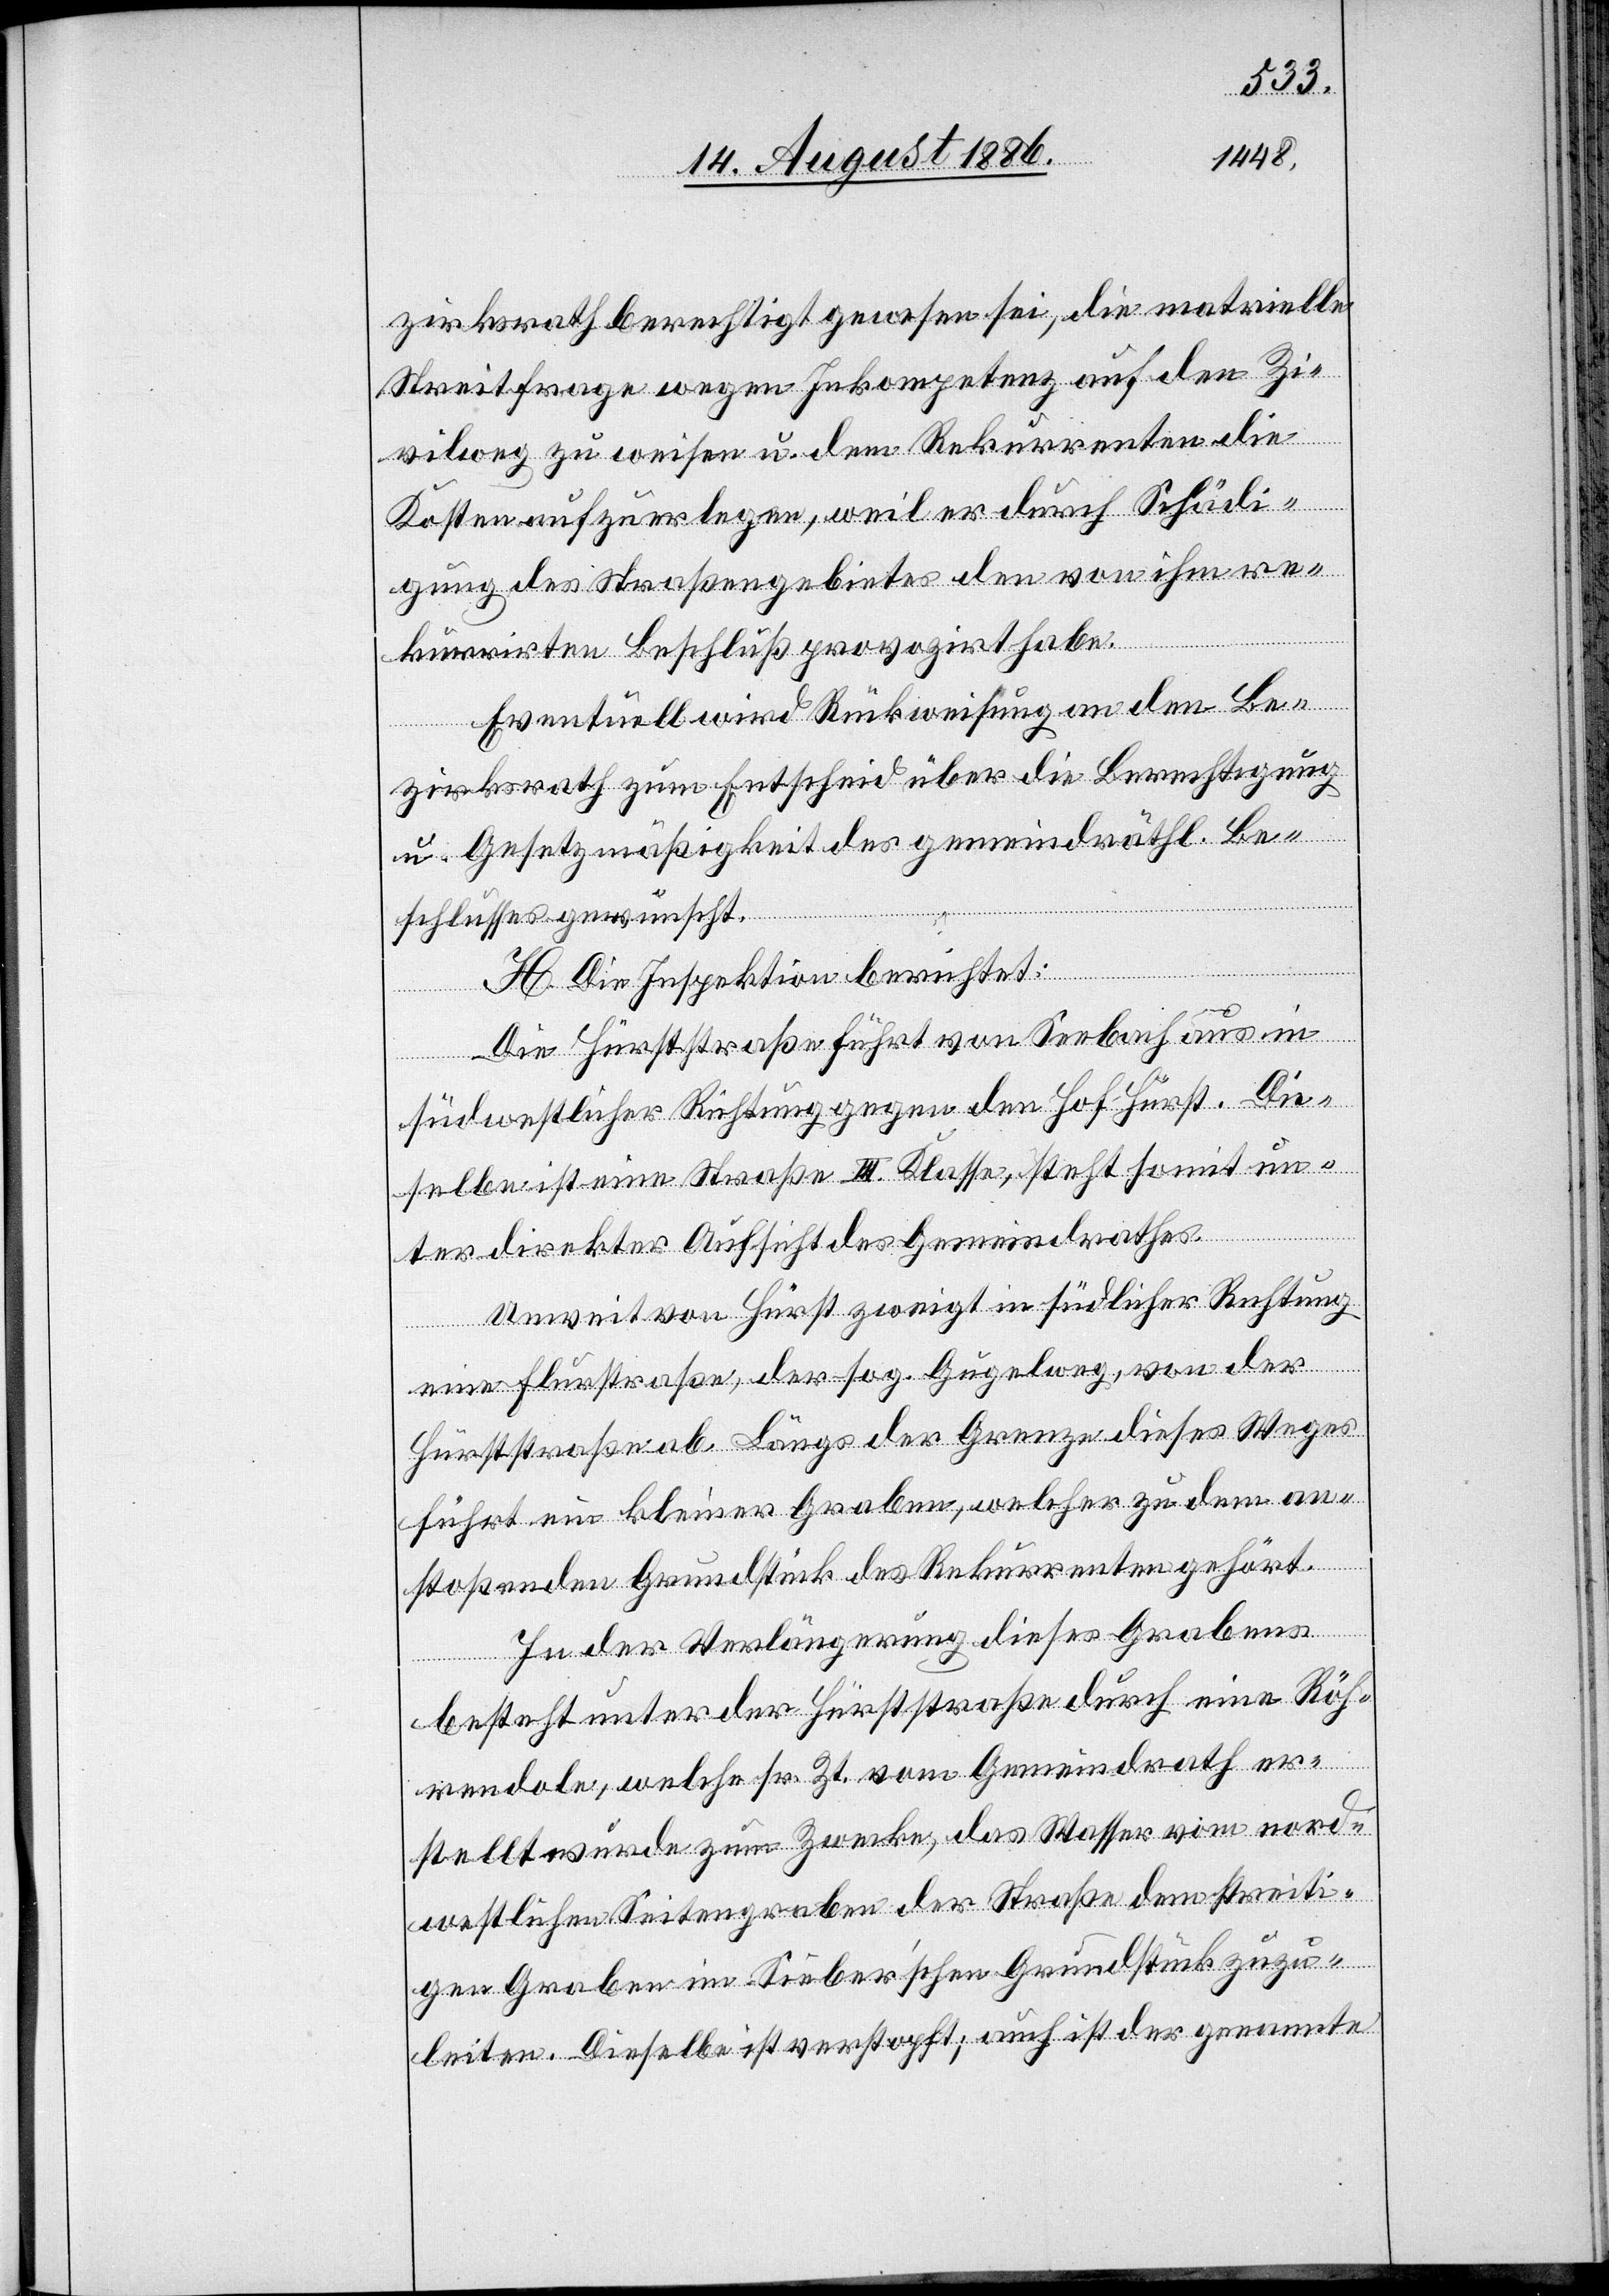
zirksrath berechtigt gewesen sei, die materielle
Streitfrage wegen Inkompetenz auf den Zi¬
vilweg zu weisen u. dem Rekurrenten die
Kosten aufzuerlegen, weil er durch Schädi¬
gung des Straßengebietes den von ihm re¬
kurrirten Beschluß provozirt habe.
Eventuell wird Rückweisung an den Be¬
zirksrath zum Entscheid über die Berechtigung
u. Gesetzmäßigkeit des gemeindräthl. Be¬
schlusses gewünscht.
H. Die Inspektion berichtet:
Die Hürststraße führt von Seebach aus in
südwestlicher Richtung gegen den Hof Hürst. Die¬
selbe ist eine Straße III. Klasse, steht somit un¬
ter direkter Aufsicht des Gemeindrathes.
Unweit von Hürst zweigt in südlicher Richtung
eine Flurstraße, der sog. Gugelweg, von der
Hürststraße ab. Längs der Grenze dieses Weges
führt ein kleiner Graben, welcher zu dem an¬
stoßenden Grundstück des Rekurrenten gehört.
In der Verlängerung dieses Grabens
besteht unter der Hürststraße durch eine Röh¬
rendole, welche sr. Zt. vom Gemeindrath er¬
stellt wurde zum Zwecke, das Wasser vom nord¬
westlichen Seitengraben der Straße dem streiti¬
gen Graben im Sieberʼschen Grundstück zuzu¬
leiten. Dieselbe ist verstopft; auch ist der genannte